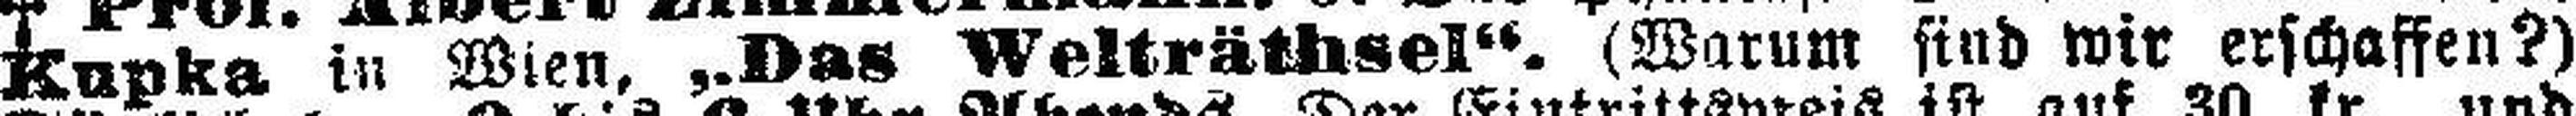
Kupka in Wien, „Das Welträthsel“. (Warum sind wir erschaffen?)